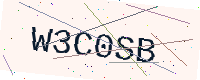
Text: W3C0SB